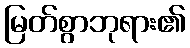
မြတ်စွာဘုရား၏